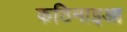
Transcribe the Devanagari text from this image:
कठिनाइआ